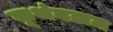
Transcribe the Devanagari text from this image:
कूथंबलम